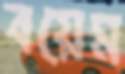
বয়েম